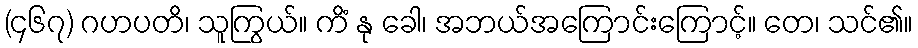
(၄၆၇) ဂဟပတိ၊ သူကြွယ်။ ကိံ နု ခေါ၊ အဘယ်အကြောင်းကြောင့်။ တေ၊ သင်၏။